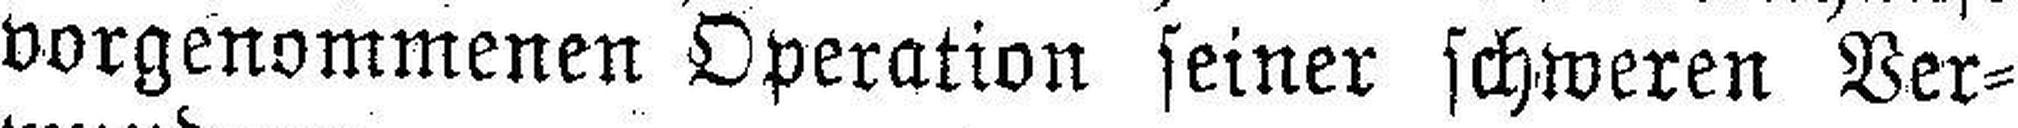
vorgenommenen Operation seiner schweren Ver¬